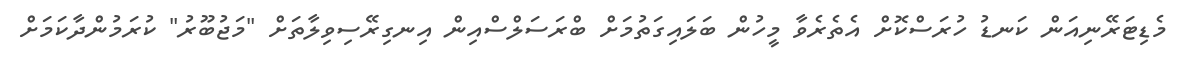
މެޑިޓަރޭނިއަން ކަނޑު ހުރަސްކޮށް އެތެރެވާ މީހުން ބަލައިގަތުމަށް ބްރަސަލްސްއިން އިނގިރޭސިވިލާތަށް "މަޖުބޫރު" ކުރަމުންދާކަމަށް